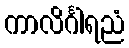
ကာလိင်္ဂါရညံ